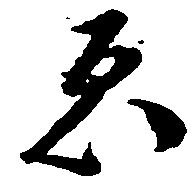
ゑ